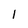
Character: 1